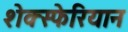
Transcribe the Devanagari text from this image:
शेक्स्फेरियान